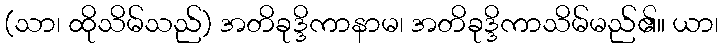
(သာ၊ ထိုသိမ်သည်) အတိခုဒ္ဒိကာနာမ၊ အတိခုဒ္ဒိကာသိမ်မည်၏။ ယာ၊